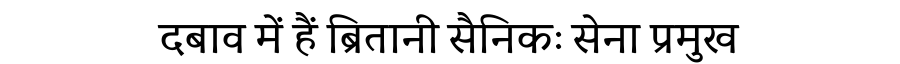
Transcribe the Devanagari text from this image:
दबाव में हैं ब्रितानी सैनिकः सेना प्रमुख